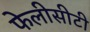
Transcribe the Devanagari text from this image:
फेलीसीटी